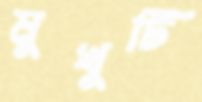
মুখুটি